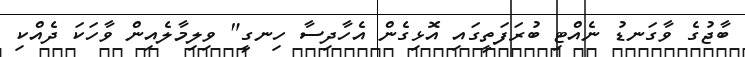
ބާޖުގެ ވާގަނޑު ނެއްޓި ބުރަފަތީގައި އޮޅިގެން އެހާދިސާ ހިނގީ" ވިލިމާލެއިން ވާހަކަ ދެއްކި